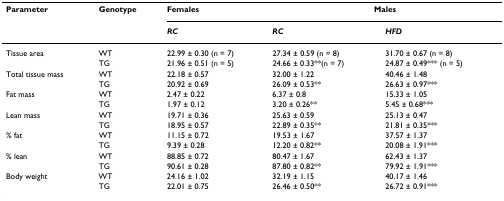
<table><thead><tr><td><b>Parameter</b></td><td><b>Genotype</b></td><td><b>Females</b></td><td colspan="2"><b>Males</b></td></tr><tr><td></td><td></td><td><b><i>RC</i></b></td><td><b><i>RC</i></b></td><td><b><i>HFD</i></b></td></tr></thead><tbody><tr><td>Tissue area</td><td>WT</td><td>22.99 ± 0.30 (n = 7)</td><td>27.34 ± 0.59 (n = 8)</td><td>31.70 ± 0.67 (n = 8)</td></tr><tr><td></td><td>TG</td><td>21.96 ± 0.51 (n = 5)</td><td>24.66 ± 0.33**(n = 7)</td><td>24.87 ± 0.49*** (n = 5)</td></tr><tr><td>Total tissue mass</td><td>WT</td><td>22.18 ± 0.57</td><td>32.00 ± 1.22</td><td>40.46 ± 1.48</td></tr><tr><td></td><td>TG</td><td>20.92 ± 0.69</td><td>26.09 ± 0.53**</td><td>26.63 ± 0.97***</td></tr><tr><td>Fat mass</td><td>WT</td><td>2.47 ± 0.22</td><td>6.37 ± 0.8</td><td>15.33 ± 1.05</td></tr><tr><td></td><td>TG</td><td>1.97 ± 0.12</td><td>3.20 ± 0.26**</td><td>5.45 ± 0.68***</td></tr><tr><td>Lean mass</td><td>WT</td><td>19.71 ± 0.36</td><td>25.63 ± 0.59</td><td>25.13 ± 0.47</td></tr><tr><td></td><td>TG</td><td>18.95 ± 0.57</td><td>22.89 ± 0.35**</td><td>21.81 ± 0.35***</td></tr><tr><td>% fat</td><td>WT</td><td>11.15 ± 0.72</td><td>19.53 ± 1.67</td><td>37.57 ± 1.37</td></tr><tr><td></td><td>TG</td><td>9.39 ± 0.28</td><td>12.20 ± 0.82**</td><td>20.08 ± 1.91***</td></tr><tr><td>% lean</td><td>WT</td><td>88.85 ± 0.72</td><td>80.47 ± 1.67</td><td>62.43 ± 1.37</td></tr><tr><td></td><td>TG</td><td>90.61 ± 0.28</td><td>87.80 ± 0.82**</td><td>79.92 ± 1.91***</td></tr><tr><td>Body weight</td><td>WT</td><td>24.16 ± 1.02</td><td>32.19 ± 1.15</td><td>40.17 ± 1.46</td></tr><tr><td></td><td>TG</td><td>22.01 ± 0.75</td><td>26.46 ± 0.50**</td><td>26.72 ± 0.91***</td></tr></tbody></table>